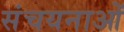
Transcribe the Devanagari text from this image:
संचयनाओं